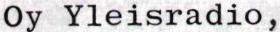
Oy Yleisradio,